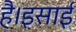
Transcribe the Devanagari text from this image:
है।इसाई